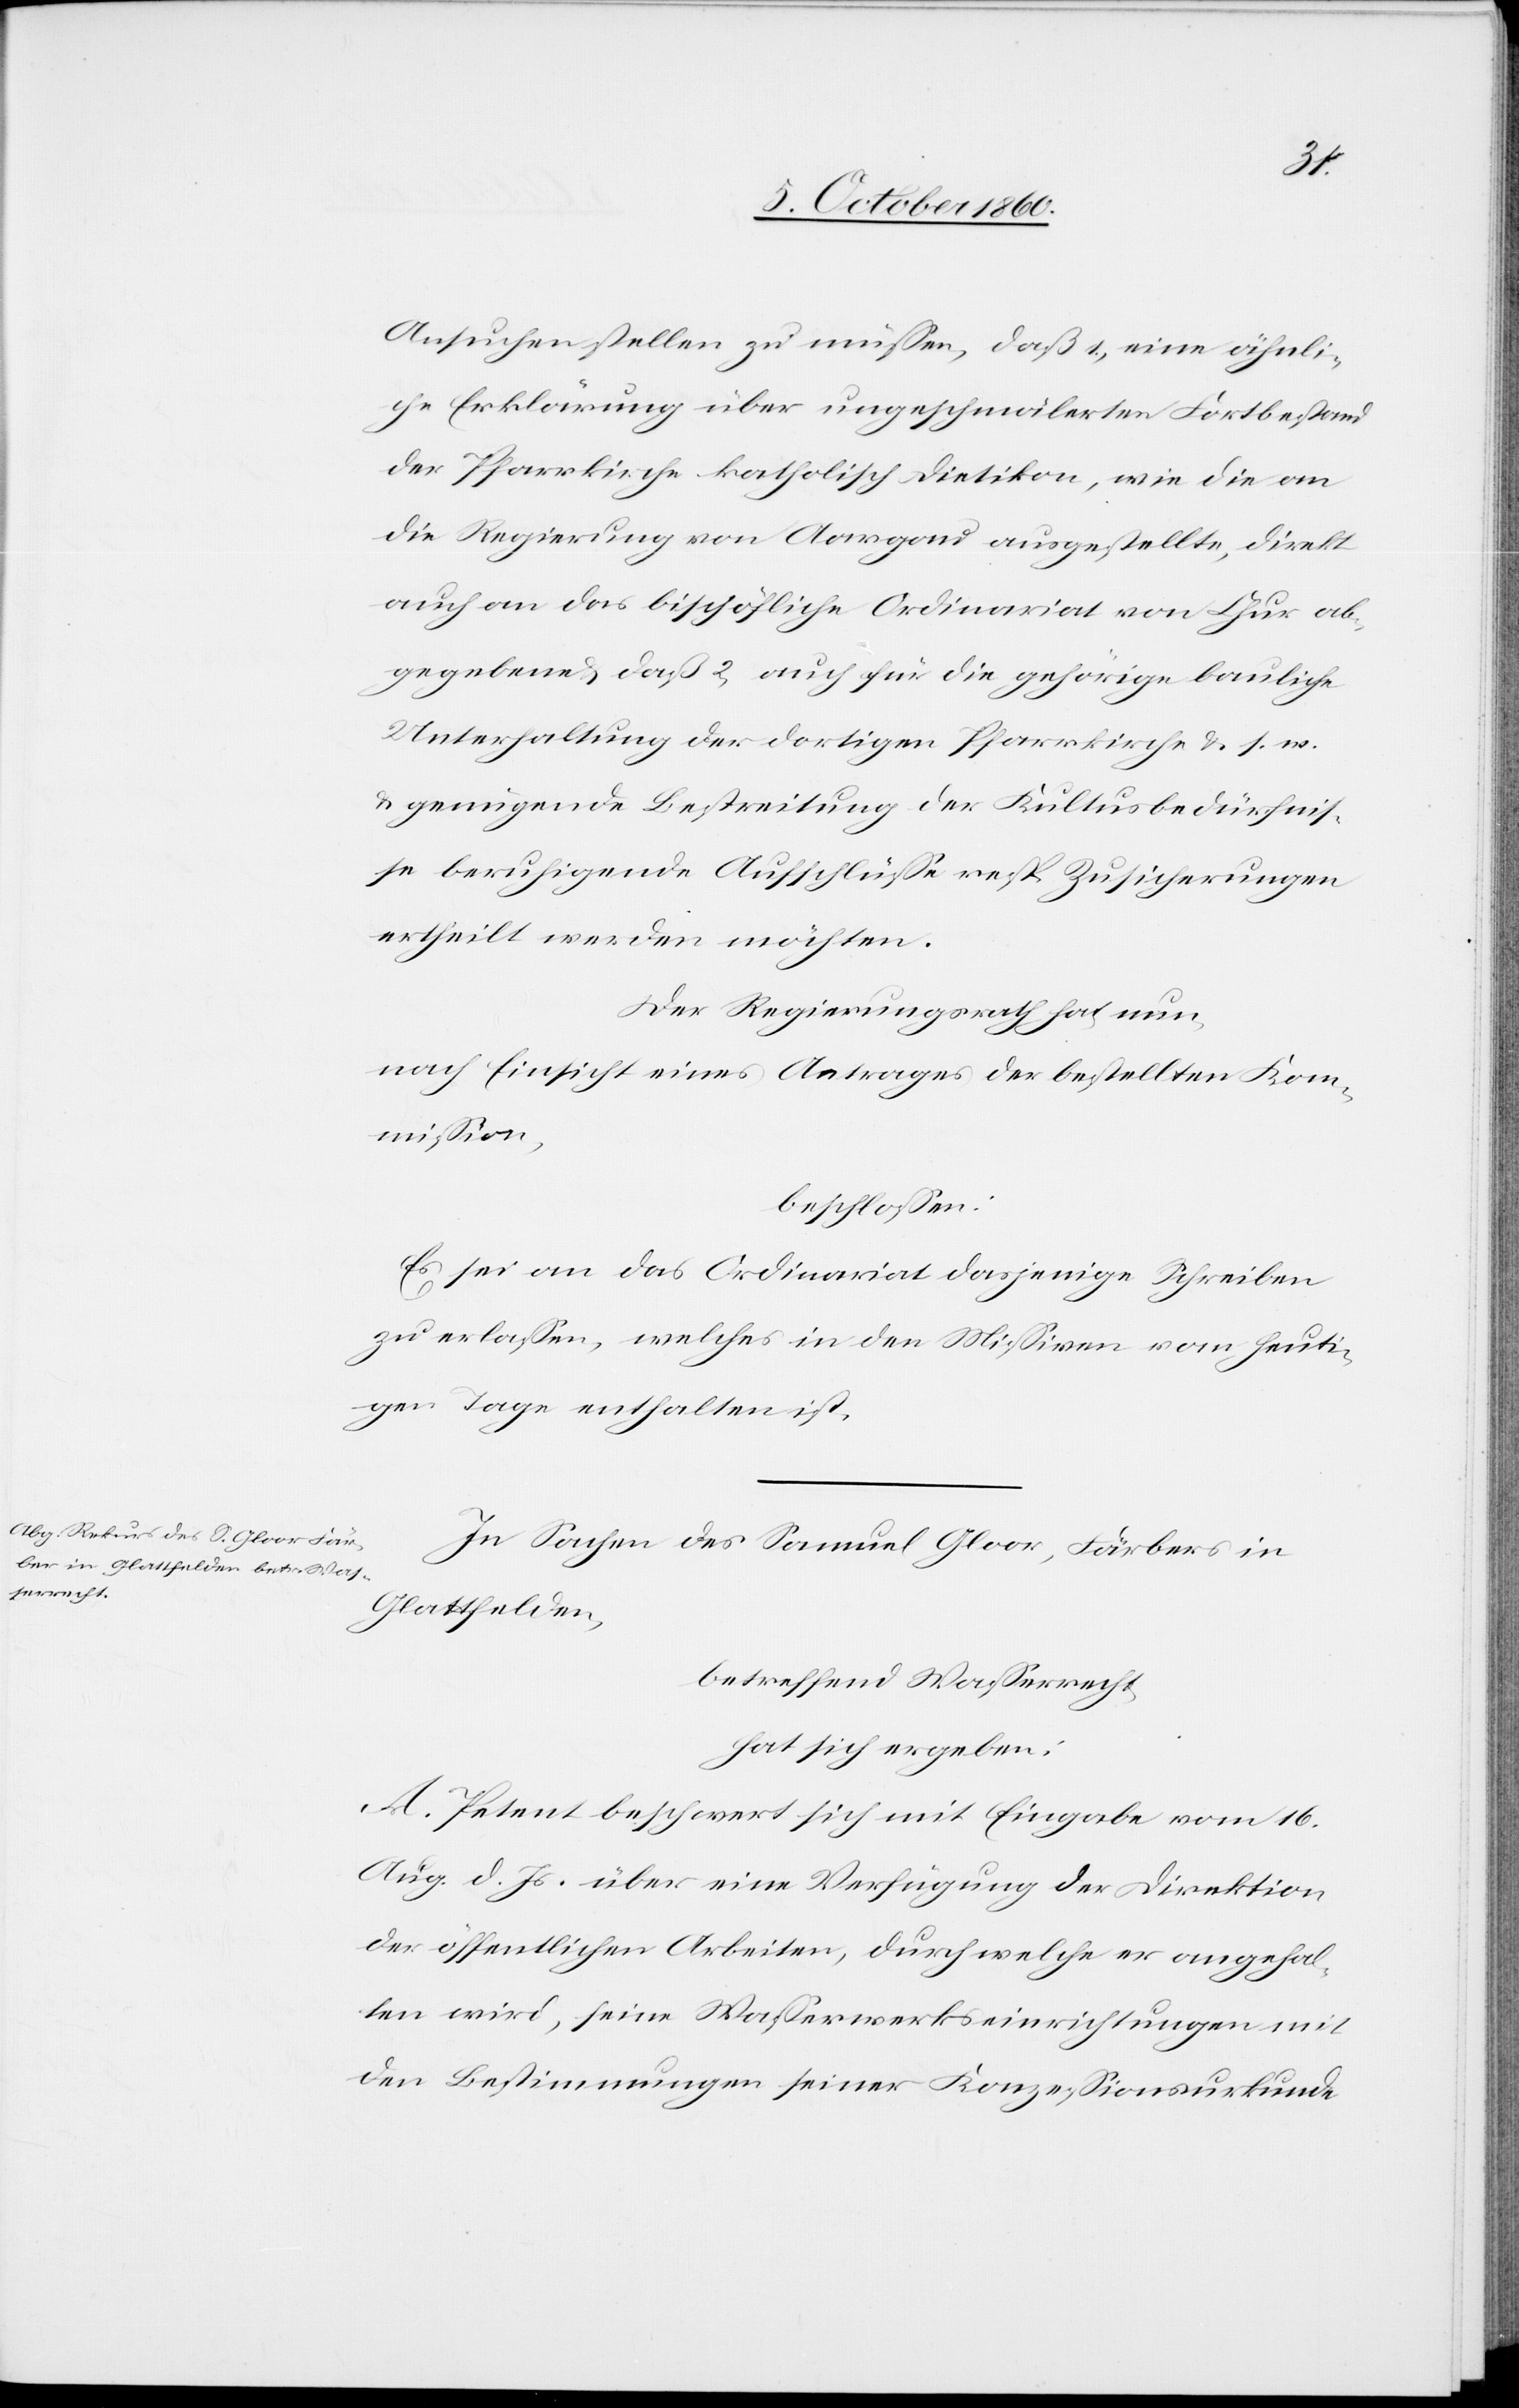
Ansuchen stellen zu müssen, daß 1) eine ähnli¬
che Erklärung über ungeschmälerten Fortbestand
der Pfarrkirche katholisch Dietikon, wie die an
die Regierung von Aargau ausgestellte, direkt
auch an das bischöfliche Ordinariat von Chur ab¬
gegebene u. daß 2) auch für die gehörige bauliche
Unterhaltung der dortigen Pfarrkirche u. s. w.
u. genügende Bestreitung der Kultusbedürfnis¬
se beruhigende Aufschlüsse resp. Zusicherungen
ertheilt werden möchten.
Der Regierungsrath hat nun,
nach Einsicht eines Antrages der bestellten Kom¬
mission,
beschlossen:
Es sei an das Ordinariat dasjenige Schreiben
zu erlassen, welches in den Missiven vom heuti¬
gen Tage enthalten ist.
In Sachen des Samuel Gloor, Färbers in
Glattfelden,
betreffend Wasserrecht,
hat sich ergeben:
A. Petent beschwert sich mit Eingabe vom 16.
Aug. d. Js. über eine Verfügung der Direktion
der öffentlichen Arbeiten, durch welche er angehal¬
ten wird, seine Wasserwerkseinrichtungen mit
den Bestimmungen seiner Konzessionsurkunde